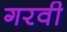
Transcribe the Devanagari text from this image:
गरवी